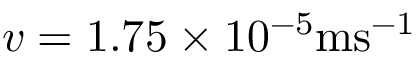
v = 1 . 7 5 \times 1 0 ^ { - 5 } \mathrm { m s ^ { - 1 } }